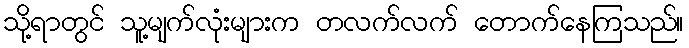
သို့ရာတွင် သူ့မျက်လုံးများက တလက်လက် တောက်နေကြသည်။